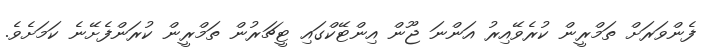
ފެންވަރަށް ތަމްރީން ކުރެވޭއިރު އަންނަ ޖޫން އިންޓޭކްގައި ޓީޗަރުން ތަމްރީން ކުރަންފެށޭނެ ކަމަށެވެ.